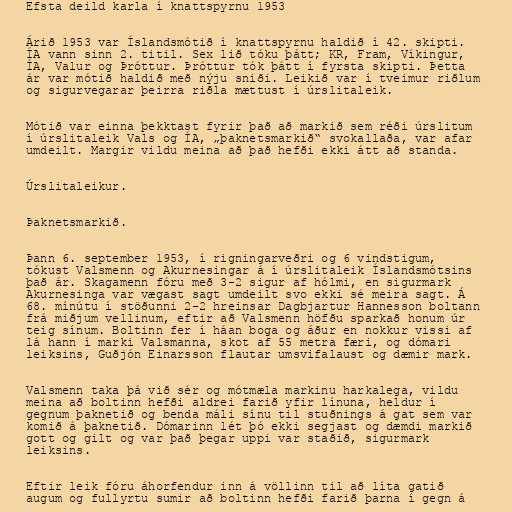
Efsta deild karla í knattspyrnu 1953

Árið 1953 var Íslandsmótið í knattspyrnu haldið í 42. skipti.
ÍA vann sinn 2. titil. Sex lið tóku þátt; KR, Fram, Víkingur,
ÍA, Valur og Þróttur. Þróttur tók þátt í fyrsta skipti. Þetta
ár var mótið haldið með nýju sniði. Leikið var í tveimur riðlum
og sigurvegarar þeirra riðla mættust í úrslitaleik.

Mótið var einna þekktast fyrir það að markið sem réði úrslitum
í úrslitaleik Vals og ÍA, „þaknetsmarkið“ svokallaða, var afar
umdeilt. Margir vildu meina að það hefði ekki átt að standa.

Úrslitaleikur.

Þaknetsmarkið.

Þann 6. september 1953, í rigningarveðri og 6 vindstigum,
tókust Valsmenn og Akurnesingar á í úrslitaleik Íslandsmótsins
það ár. Skagamenn fóru með 3-2 sigur af hólmi, en sigurmark
Akurnesinga var vægast sagt umdeilt svo ekki sé meira sagt. Á
68. mínútu í stöðunni 2-2 hreinsar Dagbjartur Hannesson boltann
frá miðjum vellinum, eftir að Valsmenn höfðu sparkað honum úr
teig sínum. Boltinn fer í háan boga og áður en nokkur vissi af
lá hann í marki Valsmanna, skot af 55 metra færi, og dómari
leiksins, Guðjón Einarsson flautar umsvifalaust og dæmir mark.

Valsmenn taka þá við sér og mótmæla markinu harkalega, vildu
meina að boltinn hefði aldrei farið yfir línuna, heldur í
gegnum þaknetið og benda máli sínu til stuðnings á gat sem var
komið á þaknetið. Dómarinn lét þó ekki segjast og dæmdi markið
gott og gilt og var það þegar uppi var staðið, sigurmark
leiksins.

Eftir leik fóru áhorfendur inn á völlinn til að líta gatið
augum og fullyrtu sumir að boltinn hefði farið þarna í gegn á